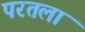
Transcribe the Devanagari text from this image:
परतला